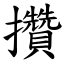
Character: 攢